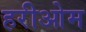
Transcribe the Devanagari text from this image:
हरीओम